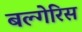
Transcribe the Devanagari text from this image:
बल्गेरिस